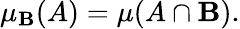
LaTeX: \mu_{\mathbf{B}}(A)=\mu(A\cap\mathbf{B}).